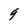
Character: 9